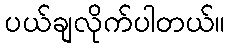
ပယ်ချလိုက်ပါတယ်။